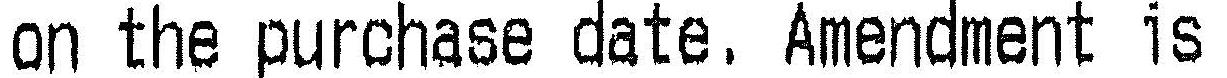
ON THE PURCHASE DATE, AMENDMENT IS